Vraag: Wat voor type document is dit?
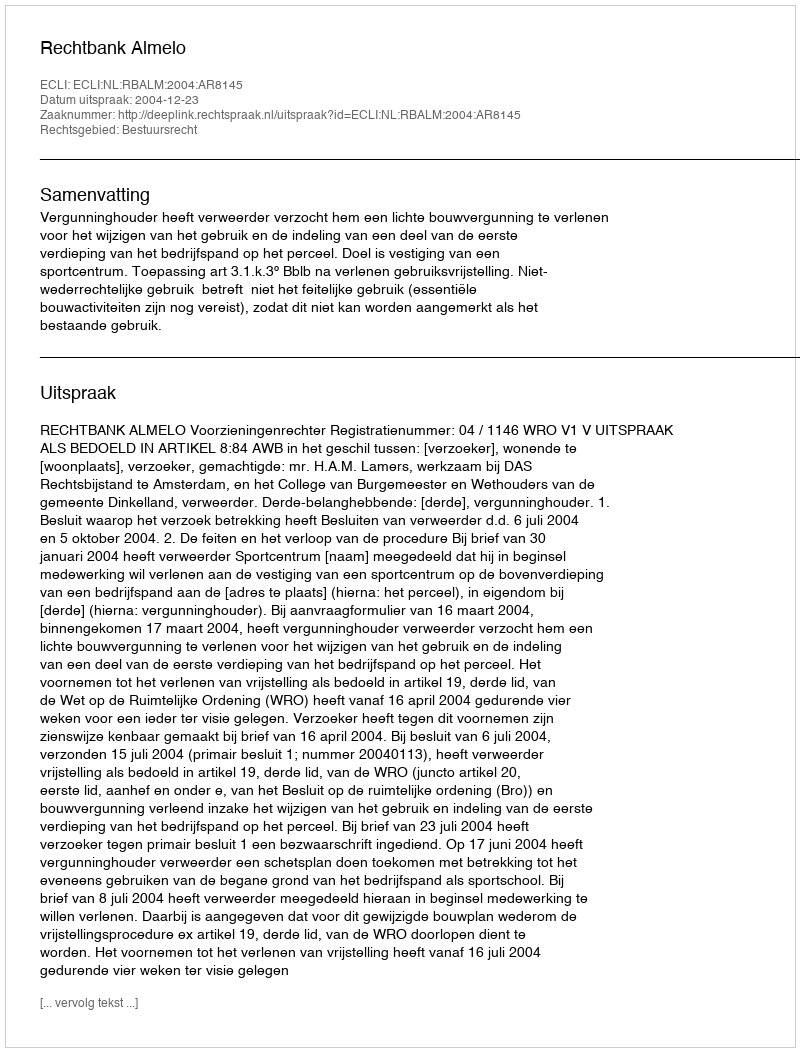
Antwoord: Uitspraak